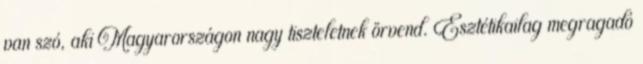
van szó, aki Magyarországon nagy tiszteletnek örvend. Esztétikailag megragadó